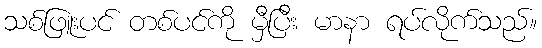
သစ်ဖြူးပင် တစ်ပင်ကို မှီပြီး မာနာ ရပ်လိုက်သည်။